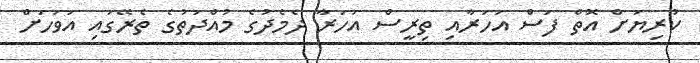
ކުރިޔަށް އޮތް ފަސް އަހަރާއި ތިރީސް އަހަރާ ދެމެދުގެ މުއްދަތުގެ ތެރޭގައި އަވަހަށް